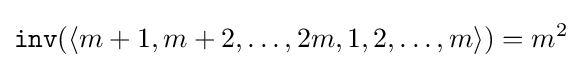
{\mathtt {inv}}(\langle m+1,m+2,\dots ,2m,1,2,\dots ,m\rangle )=m^{2}